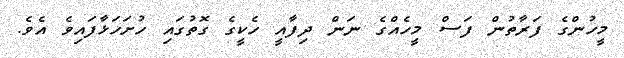
މީހުންގެ ފަރާތުން ފަސް މީހެއްގެ ނަން ދިފާއީ ހެކީގެ ގޮތުގައި ހުށަހަޅާފައިވެ އެވެ.